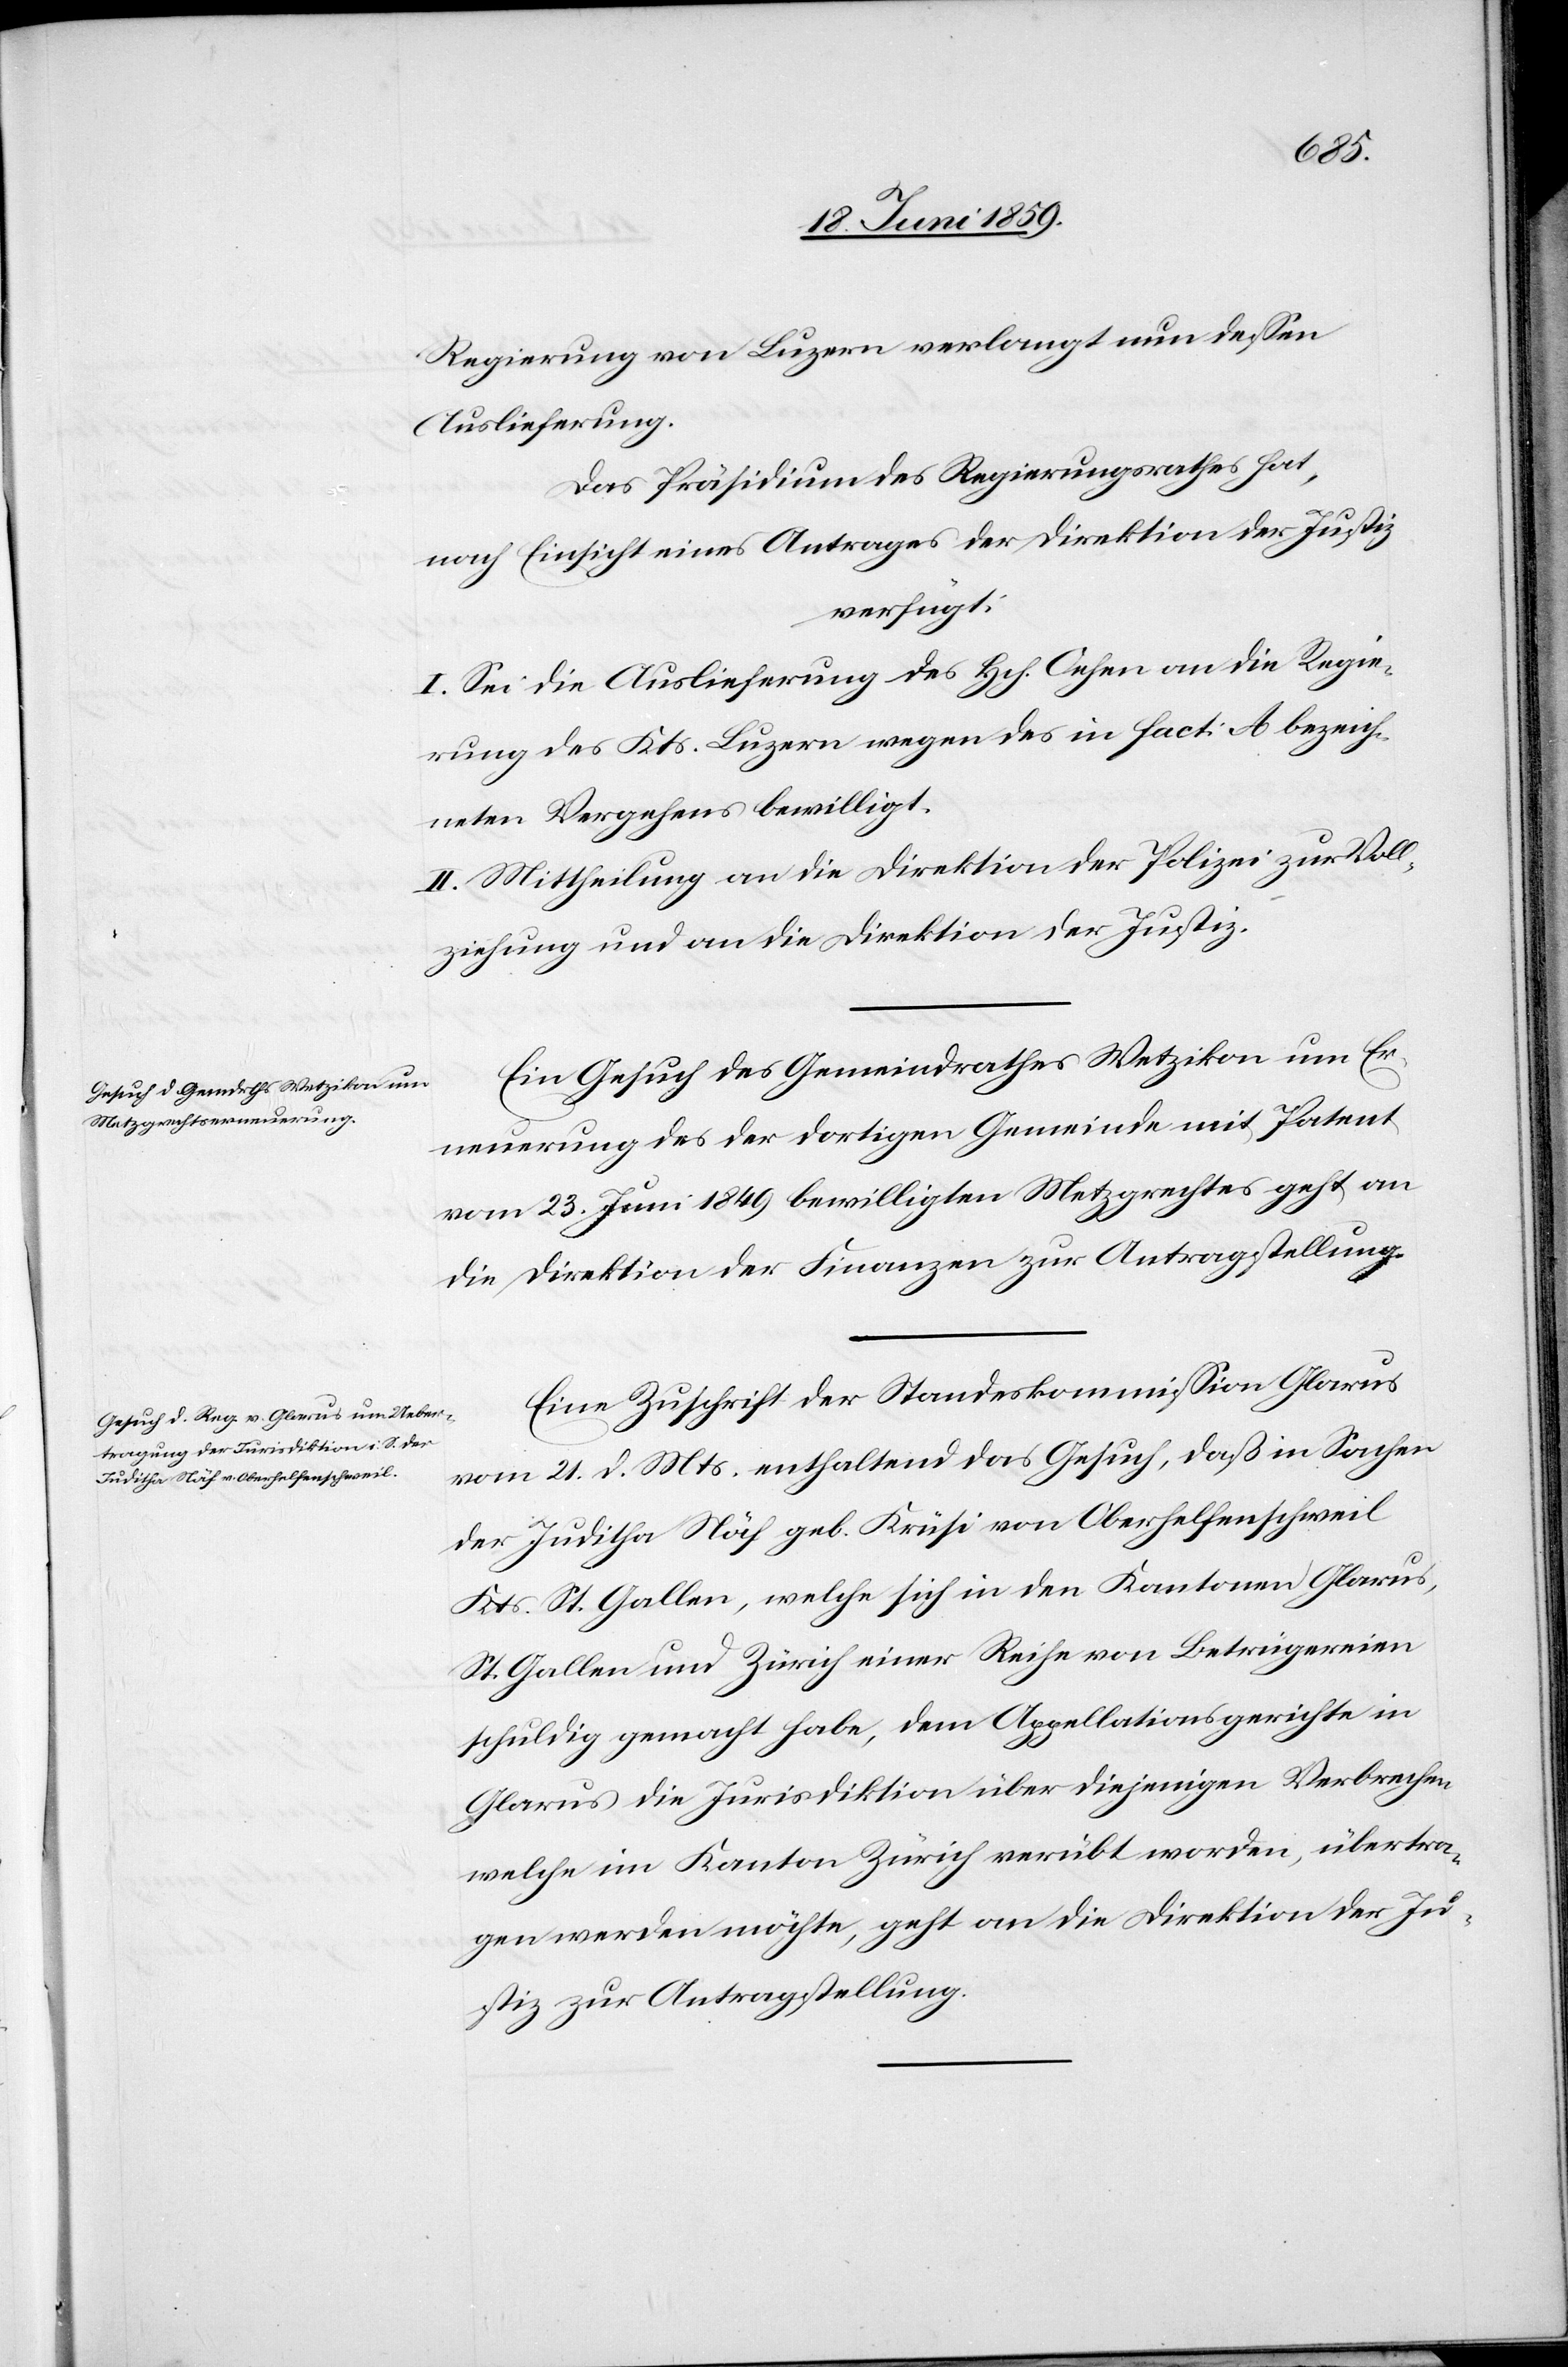
22. Juni 1859.]
Regierung von Luzern verlangt nun dessen
Auslieferung.
Das Präsidium des Regierungsrathes hat,
nach Einsicht eines Antrages der Direktion der Justiz
verfügt:
I. Sei die Auslieferung des Hch. Oehen an die Regie¬
rung des Kts. Luzern wegen des in fact. A. bezeich¬
neten Vergehens bewilligt.
II. Mittheilung an die Direktion der Polizei zur Voll¬
ziehung und an die Direktion der Justiz.
Ein Gesuch des Gemeindrathes Wetzikon um Er¬
neuerung des der dortigen Gemeinde mit Patent
vom 23. Juni 1849 bewilligten Metzgrechtes geht an
die Direktion der Finanzen zur Antragstellung.
Eine Zuschrift der Standeskommission Glarus
vom 21. d. Mts. enthaltend das Gesuch, daß in Sachen
der Juditha Näf geb. Krüsi von Oberhelfenschweil
Kts. St. Gallen, welche sich in den Kantonen Glarus,
St. Gallen und Zürich einer Reihe von Betrügereien
schuldig gemacht habe, dem Appellationsgerichte in
Glarus die Jurisdiktion über diejenigen Verbrechen
welche im Kanton Zürich verübt worden, übertra¬
gen werden möchte, geht an die Direktion der Ju¬
stiz zur Antragstellung.